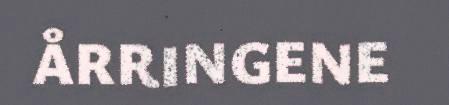
ÅRRINGENE